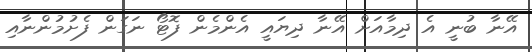
އޭނާ ބުނީ އެ ދިމާއަށް އޭނާ ދިޔައީ އެންމެން ފޮޓޯ ނަގަން ފެށުމުންނާއި